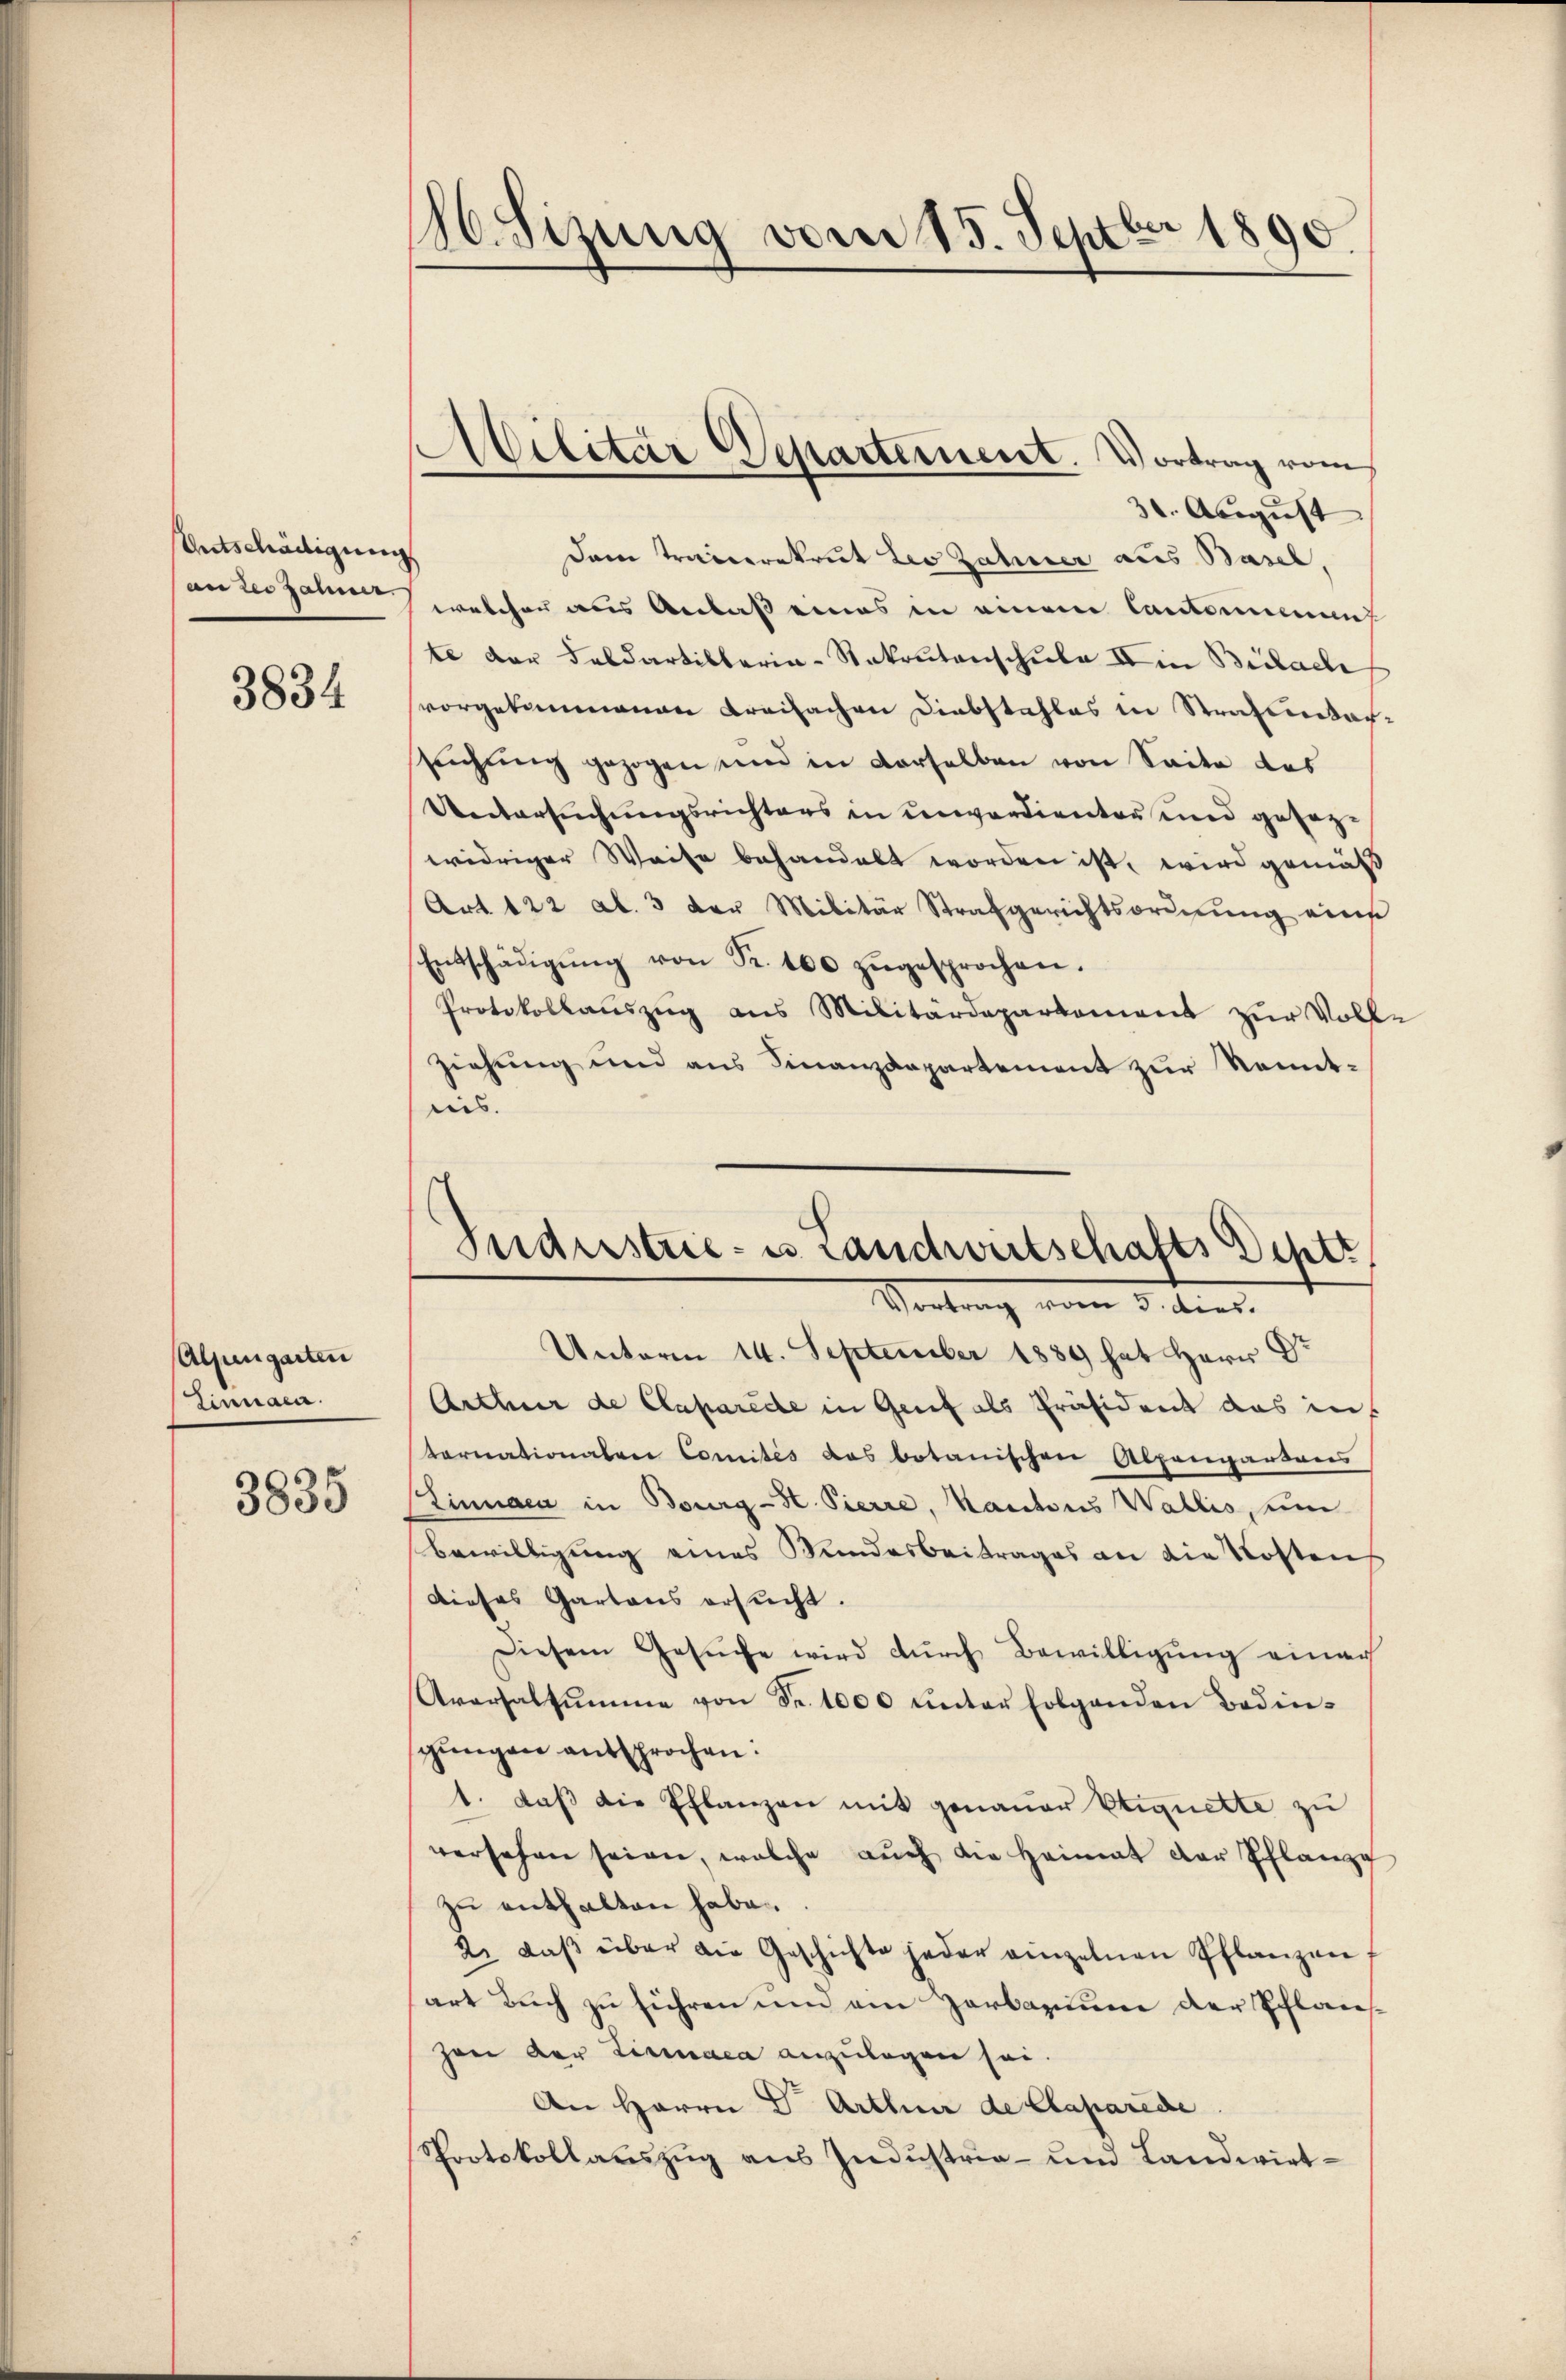
Antschädigung

3834

Aljungarten
Einnaca.

3835

16. Sizung vom 15. Septbr 1890.

30. August
Dem Trauerekrut Leo Zähner aus Basel,
an dersammen welcher aus Anlaß eines in einem Cantomiment
te der Feldartisteria-Stakrutenschule IV in Bülach
vorgekommenen Kreifachen Diebstahles in Strafinitar-
sŭchŭng gezogen und in derselben von Seite das
Untersuchungsrichters in unverdienter und gesezwidriger Weise behandelt worden ist, wird gemäß
Art 122 Al. 3 der Militär Strafgerichtsordnŭng eine
Entschädigŭng von Fr. 160 zugesprochen.
Protokollauszug aus Militärdepartement zur Voll-
ziehung und aus Finanzdepartement zur Kenntnies

Militar Departement. Vortrag vom

Industrie- us Landwirtschafts Distr
Vertrag vom 3. ten.

Unterm 14. September 1889 hat Herr Dr
Arthur de Caparede in Genf als Präsident das in
tornationalver Comités das botanischen Alpengartners
Stinnaca in Bourg-St. Pierre, Kantons Wallis, ein
Bewilligung eines Kundesbeitrages an die Kosten
dieses Gartens ersucht.
Diesem Gesŭche wird dŭrch Bewilligŭng einer
Aversalsumme von Fr. 1000 unter folgenden Bedinsgŭngen entsprochen:
1. daβ die Pflanzen mit genauer Etiquette zu
versehen seien, welche aŭch die Heimat der Pflanz
zu enthalten habe.
2. daβ über die Geschichte jeder einzelnen Pflanzen
sart Buch zu führen und ein Zarbarium der Pflanzhon der Lininaca anzulagen sei.
An Herrn Dr. Arthner de Claparede
Protokollauszug aus Industria- und Landwirt¬